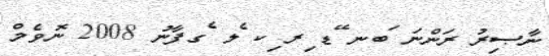
ނާޞިރު ރަންނަ ަބނ ޭޑ ިރ ިކ ެލ ެގފާނު 2008 ނޮވެމް